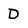
Character: D